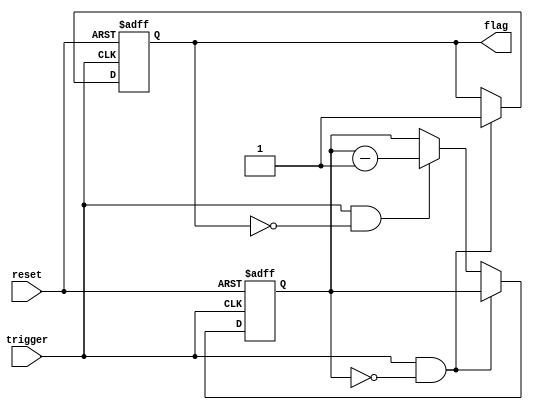
module one_shot_timer(
    input trigger,
    input reset,
    output reg flag
);

reg [15:0] counter;

always @(posedge trigger or posedge reset) begin
    if (reset) begin
        counter <= 16'hFFFF;
        flag <= 0;
    end else if (trigger && counter == 0) begin
        flag <= 1;
    end else if (trigger && !flag) begin
        counter <= counter - 1;
    end
end

endmodule